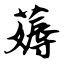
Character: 薅